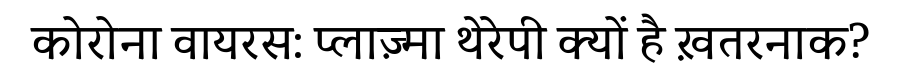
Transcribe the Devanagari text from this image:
कोरोना वायरस: प्लाज़्मा थेरेपी क्यों है ख़तरनाक?